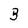
Character: B